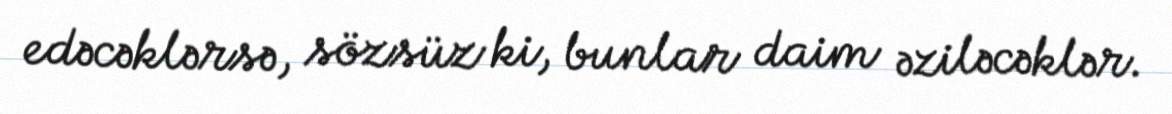
edəcəklərsə, sözsüz ki, bunlar daim əziləcəklər.